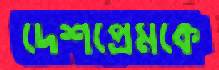
দেশপ্রেমকে